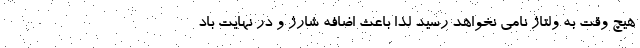
هیچ وقت به ولتاژ نامی نخواهد رسید لذا باعث اضافه شارژ و در نهایت باد